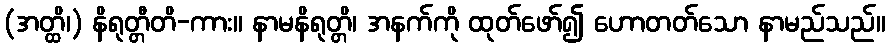
(အတ္ထိ၊) နိရုတ္တီတိ-ကား။ နာမနိရုတ္တိ၊ အနက်ကို ထုတ်ဖော်၍ ဟောတတ်သော နာမည်သည်။